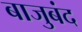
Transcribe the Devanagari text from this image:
बाजुबंद